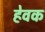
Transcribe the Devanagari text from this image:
हेवक